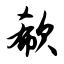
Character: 欷